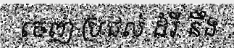
ចេញ ប្រជល់ ដំរី នឹង